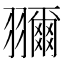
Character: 𦒤